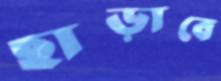
ছাড়াবে